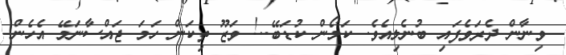
ވިނާން ދެރަވެފައި ބުނެލިއެވެ. ކަމޯން ކުޑަބޭ..! ވަޒޫ ތިކަން ހަމަ ޖައްސާނަމޭ އެހެން